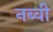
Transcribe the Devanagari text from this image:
नब्वी